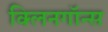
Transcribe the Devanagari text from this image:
क्लिनगॉन्स